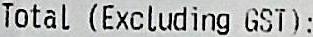
TOTAL(EXCLUDING GST):